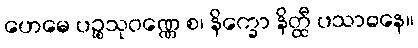
ဟေမေ ပဉ္စသုဝဏ္ဏေ စ၊ နိက္ခော နိတ္ထီ ပသာဓနေ။